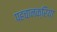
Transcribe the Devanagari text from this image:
पहचानक्रिया